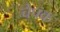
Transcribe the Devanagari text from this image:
चेपक